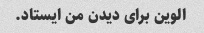
الوین برای دیدن من ایستاد.